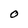
Character: 0